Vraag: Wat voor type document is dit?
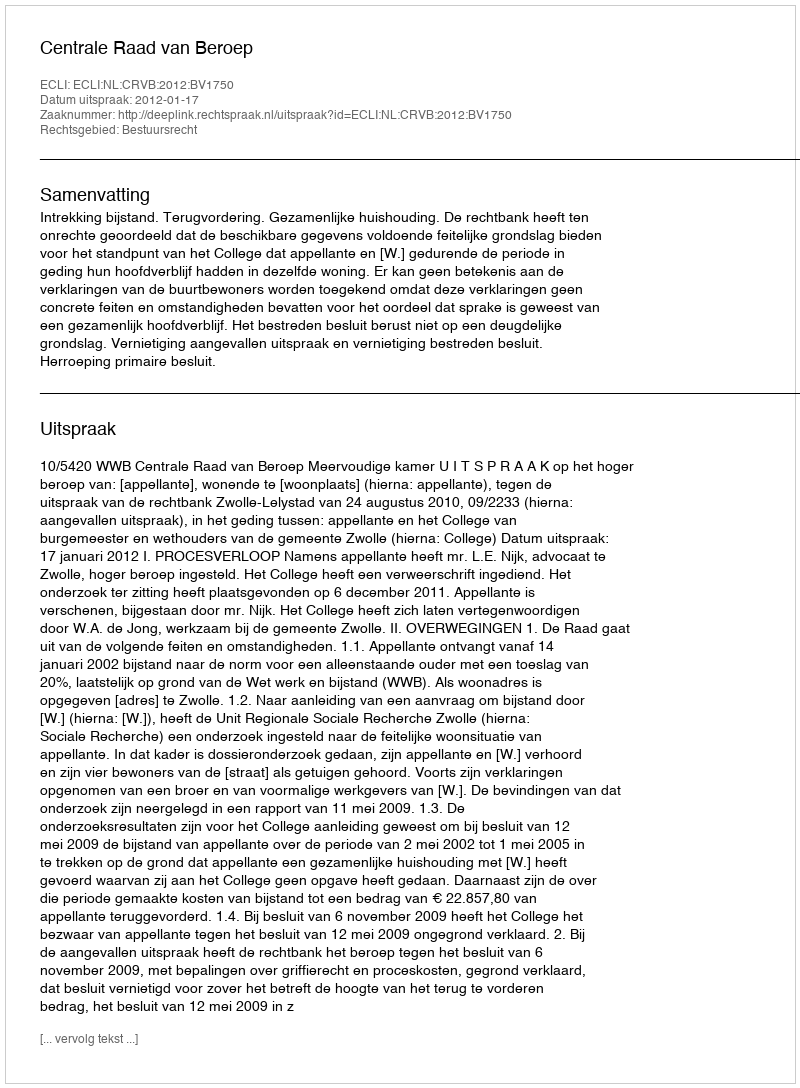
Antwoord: Uitspraak